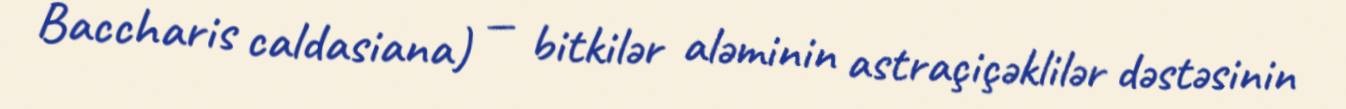
Baccharis caldasiana) — bitkilər aləminin astraçiçəklilər dəstəsinin